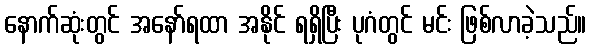
နောက်ဆုံးတွင် အနော်ရထာ အနိုင် ရရှိပြီး ပုဂံတွင် မင်း ဖြစ်လာခဲ့သည်။